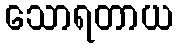
သောရတာယ